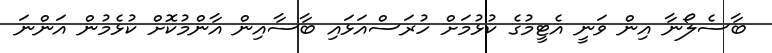
ބާސެލޯނާ އިން ވަނީ އެޓީމުގެ ކުޅުމަށް ހުރަސްއަޅައި ބާސާއިން އާންމުކޮށް ކުޅެމުން އަންނަ